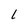
Character: l